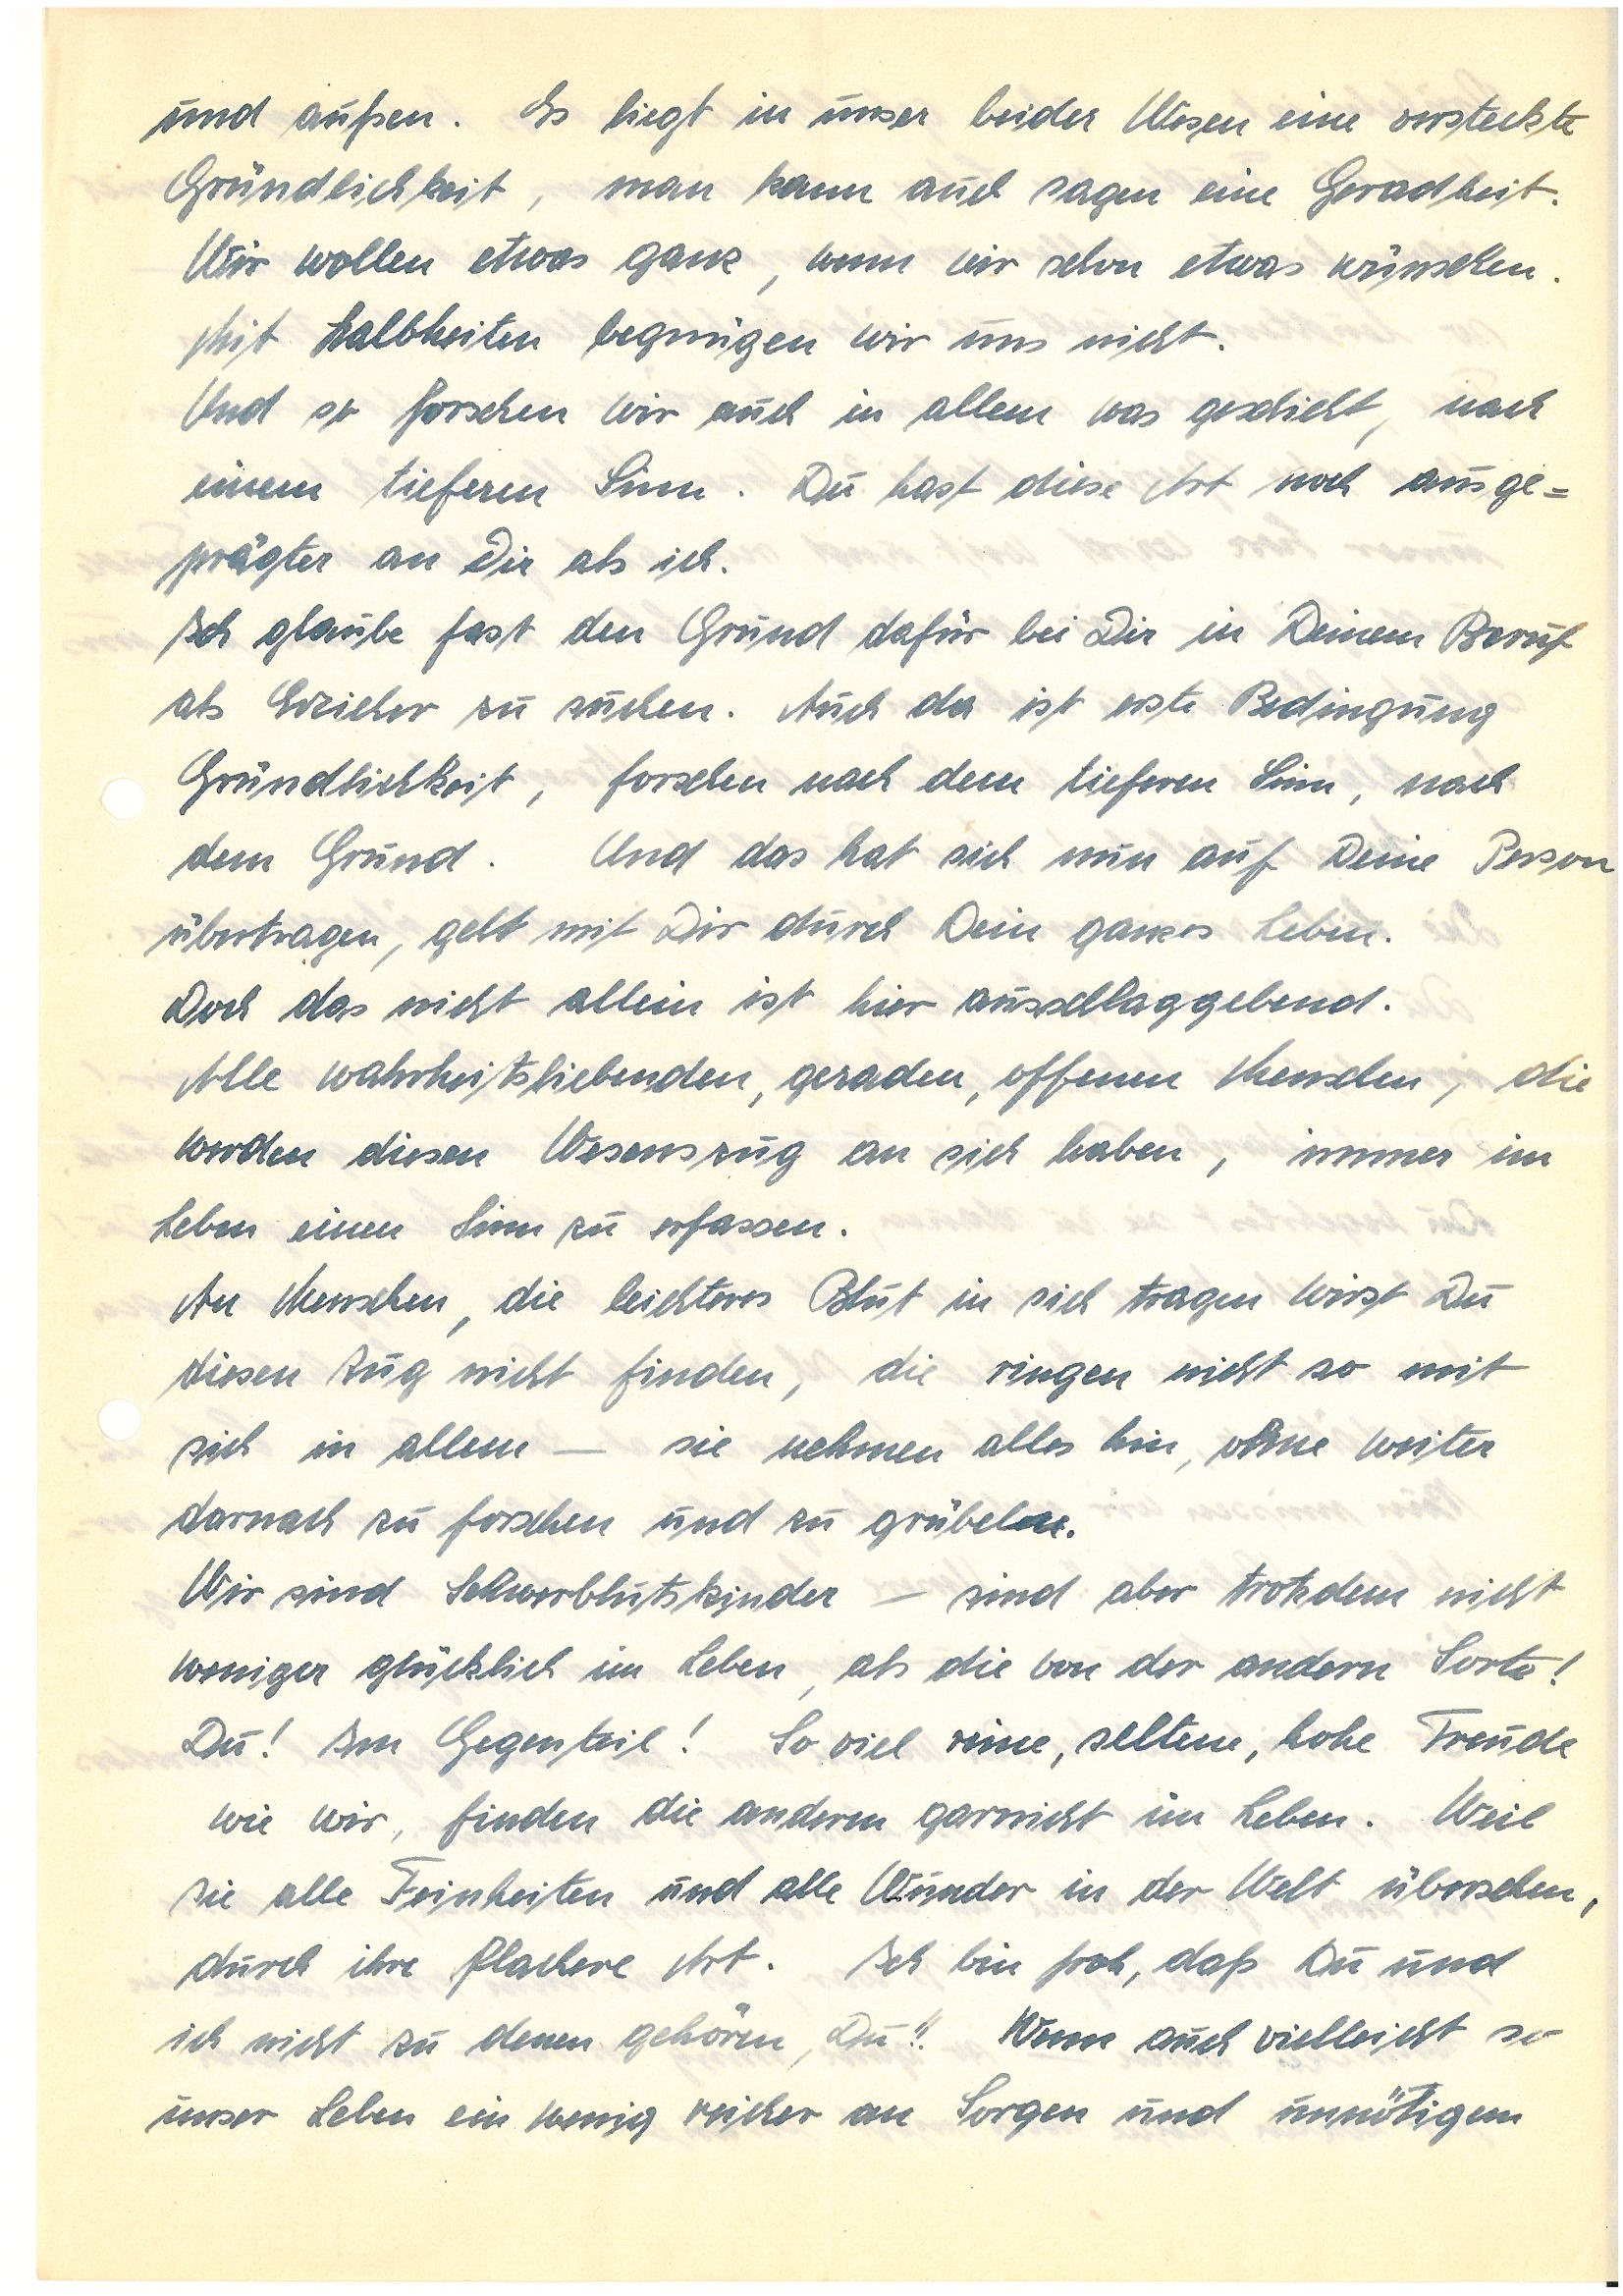
und außen. Es liegt in unser beider Wesen eine versteckte
Gründlichkeit, man kann auch sagen eine Geradheit.
Wir wollen etwas ganz, wenn wir schon etwas wünschen.
Mit Halbheiten begnügen wir uns nicht.
Und so forschen wir auch in allem was geschieht nach
einem tieferen Sinn. Du hast diese Art noch ausge¬
prägter an Dir als ich.
Ich glaube fast den Grund dafür bei Dir in Deinem Beruf
als Erzieher zu suchen. Auch da ist erste Bedingung
Gründlichkeit, forschen nach dem tieferen Sinn, nach
dem Grund. Und das hat sich nun auf Deine Person
übertragen, geht mit Dir durch Dein ganzes Leben.
Und das nicht allein ist hier ausschlaggebend.
Alle Wahrheitsliebenden, geraden, offenen Menschen, die
werden diesen Wesenszug an sich haben, immer im
Leben einen Sinn zu erfassen.
An Menschen, die leichteres Blut in sich tragen wirst Du
diesen Zug nicht finden, die ringen nicht so mit
sich in allem – sie nehmen alles hin, ohne weiter
darnach zu forschen und zu grübeln.
Wir sind Schwerblutskinder sind aber trotzdem nicht
weniger glücklich im Leben, als die von der andern Sorte!
Du! Im Gegenteil! So viel reine, seltene, hohe Freude
wie wir, finden die anderen garnicht im Leben. Weil
sie alle Feinheiten und alle Wunder in der Welt übersehen,
durch ihre flachere Art. Ich bin froh, daß Du und
ich nicht zu denen gehören, Du!! Wenn auch vielleicht so
unser Leben ein wenig reicher an Sorgen und unnötigem